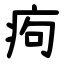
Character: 痀